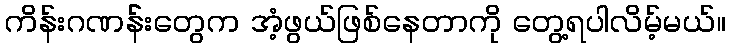
ကိန်းဂဏန််းတွေက အံ့ဖွယ်ဖြစ်နေတာကို တွေ့ရပါလိမ့်မယ်။